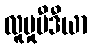
လူမှုမီဒီယာ